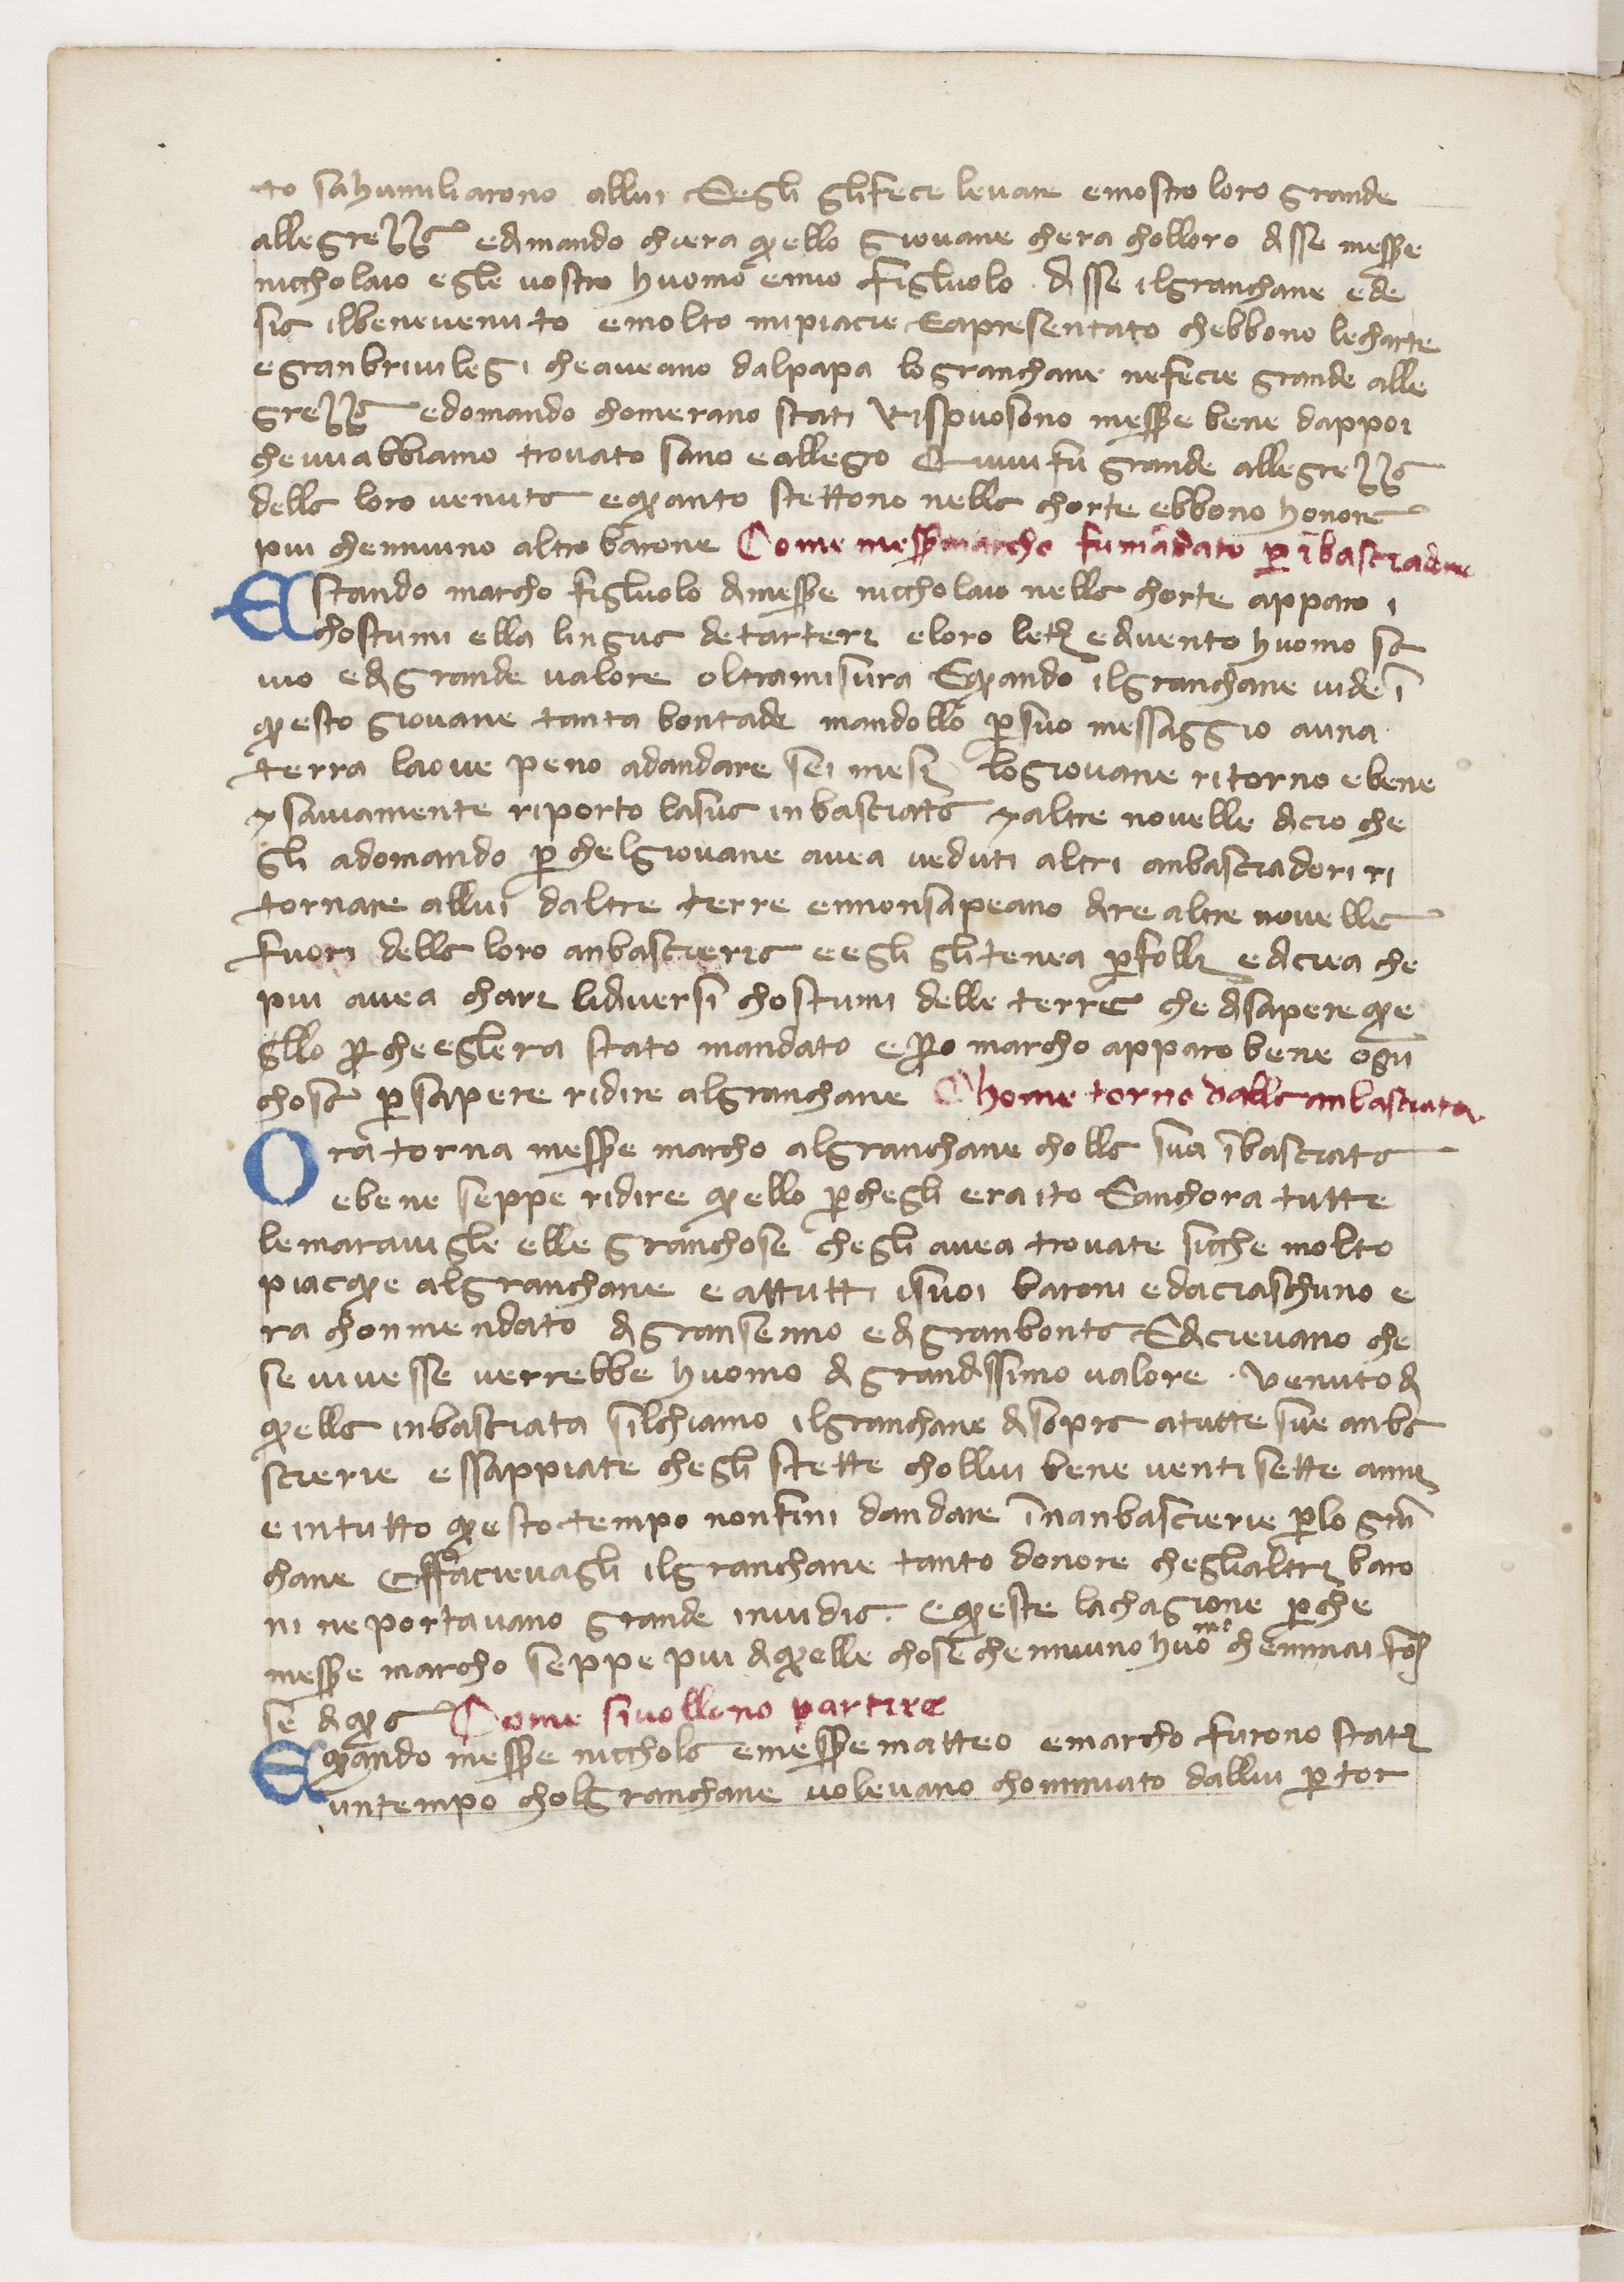
Shelfmark: Paris, BnF, ita. 434
Century: 14